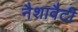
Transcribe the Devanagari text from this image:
नैशावैटी